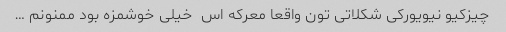
چیزکیو نیویورکی شکلاتی تون واقعا معرکه اس  خیلی خوشمزه بود ممنونم …